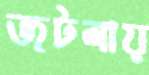
জটলায়